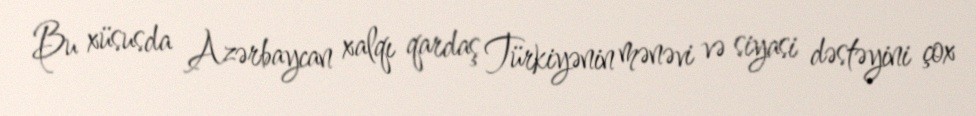
Bu xüsusda Azərbaycan xalqı qardaş Türkiyənin mənəvi və siyasi dəstəyini çox